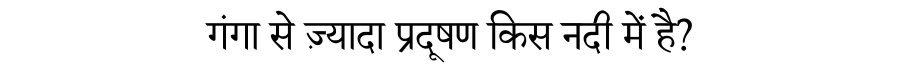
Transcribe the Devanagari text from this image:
गंगा से ज़्यादा प्रदूषण किस नदी में है?